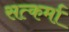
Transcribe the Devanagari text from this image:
सत्कर्मा